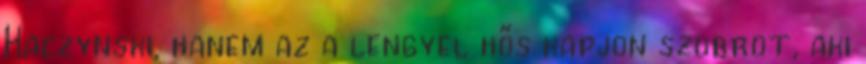
Kaczynski, hanem az a lengyel hős kapjon szobrot, aki